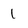
Character: 1